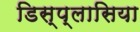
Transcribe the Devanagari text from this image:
डिस्प्लासिया